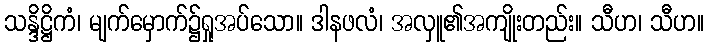
သန္ဒိဋ္ဌိကံ၊ မျက်မှောက်၌ရှုအပ်သော။ ဒါနဖလံ၊ အလှူ၏အကျိုးတည်း။ သီဟ၊ သီဟ။